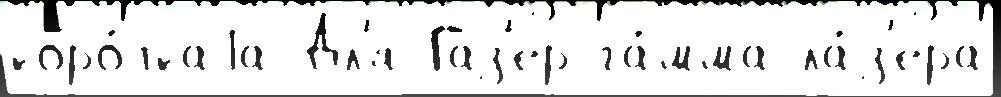
коро́ткаjа Дл'я Газ'ер га́мма-ла́з'ера